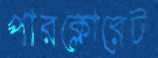
পারক্লোরেট